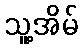
သူ့အိမ်